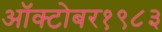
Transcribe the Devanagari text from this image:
ऑक्‍टोबर१९८३